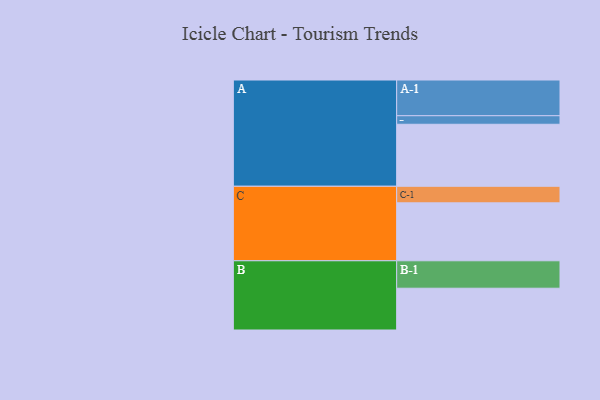
{"axis": {"x": "Segment", "y": "Value"}, "legend": ["", "A", "B", "C"], "data": [{"x": "A", "y": 472, "type": ""}, {"x": "B", "y": 318, "type": ""}, {"x": "C", "y": 441, "type": ""}, {"x": "A-1", "y": 272, "type": "A"}, {"x": "A-2", "y": 65, "type": "A"}, {"x": "B-1", "y": 209, "type": "B"}, {"x": "C-1", "y": 126, "type": "C"}]}